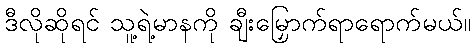
ဒီလိုဆိုရင် သူ့ရဲ့မာနကို ချီးမြှောက်ရာရောက်မယ်။